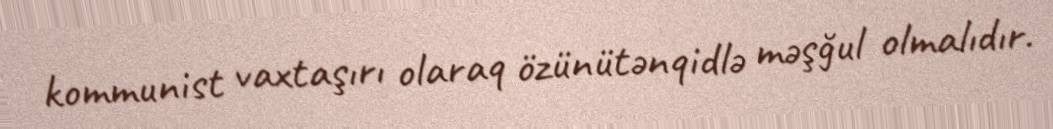
kommunist vaxtaşırı olaraq özünütənqidlə məşğul olmalıdır.